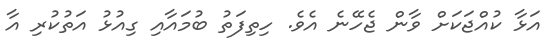
އަޅާ ކުއްޖަކަށް ވާން ޖެހޭނެ އެެވެ. ހިތިފަތު ބުމައާއި ގިއުޅު އަތުކުރި އާ